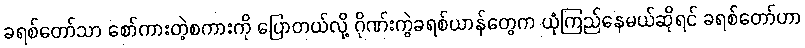
ခရစ်တော်သာ စော်ကားတဲ့စကားကို ပြောတယ်လို့ ဂိုဏ်းကွဲခရစ်ယာန်တွေက ယုံကြည်နေမယ်ဆိုရင် ခရစ်တော်ဟာ